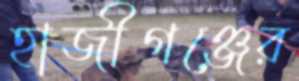
হাজীগঞ্জের